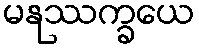
မနုဿက္ခယေ